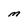
Character: M